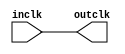
//======================================================================
//                       Bobcat RTL design file
//=======================================================================
//                  AMD PROPRIETARY AND CONFIDENTIAL
//           (c) Copyright 2007 Advanced Micro Devices, Inc.
//=======================================================================
// File Id and RCS Info:
// $Id: com1u.v,v 1.1 2010/12/08 22:14:14 vsananda Exp $
// $Change: 41975 $
//=======================================================================
// Module Description:
// Behavioral models for a free running clock gater.
//=======================================================================

`timescale 1ps/1ps


module com1u(outclk, inclk);

output  outclk;       // clock output
input   inclk;        // clock input


`ifdef GUTS_TEST
// ***************************************************************
// for GUTS tests

// TSMC clock gater
CKAN2D8BWP com_clk_gate (.A1(inclk), .A2(1'b1), .Z(outclk));


`else // GUTS_TEST

wire    outclk;
assign  outclk = inclk;

`endif  // GUTS_TEST


endmodule